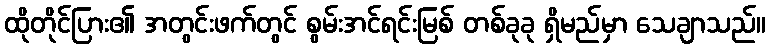
ထိုတိုင်ပြား၏ အတွင်းဖက်တွင် စွမ်းအင်ရင်းမြစ် တစ်ခုခု ရှိမည်မှာ သေချာသည်။